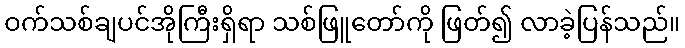
ဝက်သစ်ချပင်အိုကြီးရှိရာ သစ်ဖြူတော်ကို ဖြတ်၍ လာခဲ့ပြန်သည်။